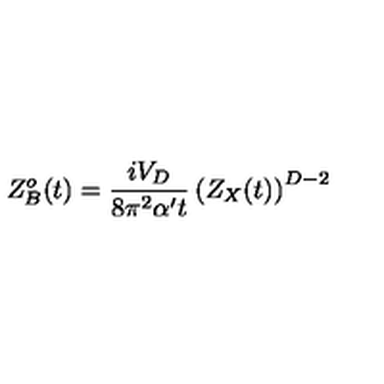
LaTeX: Z _ { B } ^ { o } ( t ) = { \frac { i V _ { D } } { 8 \pi ^ { 2 } \alpha ^ { \prime } t } } \left( Z _ { X } ( t ) \right) ^ { D - 2 }